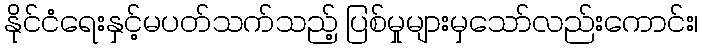
နိုင်ငံရေးနှင့်မပတ်သက်သည့် ပြစ်မှုများမှသော်လည်းကောင်း၊